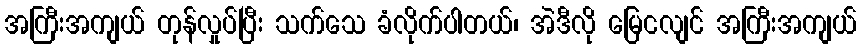
အကြီးအကျယ် တုန်လှုပ်ပြီး သက်သေ ခံလိုက်ပါတယ်၊ အဲဒီလို မြေငလျင် အကြီးအကျယ်